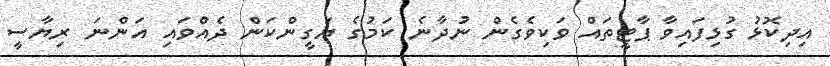
އިދިކޮޅު ގުޅިފައިވާ ޕާޓީތައް ވަކިވެގެން ނުދާނެ ކަމުގެ ޔަގީންކަން ދެއްވައި އަންނަ ރިޔާސީ